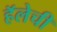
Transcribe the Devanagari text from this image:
हॅलेची